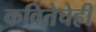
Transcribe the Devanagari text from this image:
कवितेचेही